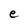
Character: e